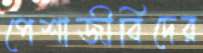
পেশাজীবিদের